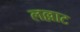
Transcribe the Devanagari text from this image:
लल्लाट